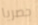
حصريا